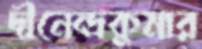
দীনেন্দ্রকুমার